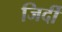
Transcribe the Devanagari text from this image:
जिर्दी